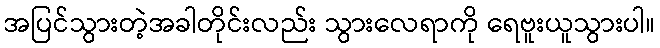
အပြင်သွားတဲ့အခါတိုင်းလည်း သွားလေရာကို ရေဗူးယူသွားပါ။